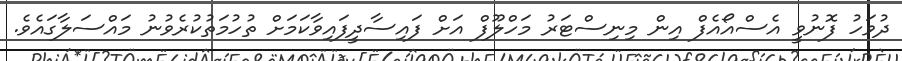
ދުވަހު ފޮނުވީ އެސްއޯއެފް އިން މިނިސްޓަރު މަހްލޫފް އަށް ފައިސާދީފައިވާކަމަށް ތުހުމަތުކުރެވުނު މައްސަލާގައެވެ.